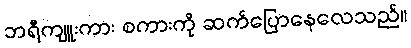
ဘရီကျူးကား စကားကို ဆက်ပြောနေလေသည်။